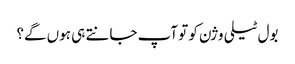
بول ٹیلی وژن کو تو آپ جانتے ہی ہوں گے؟